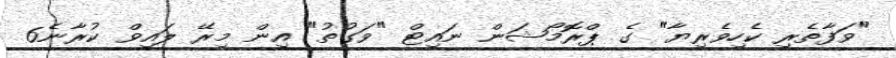
"ވަފާތެރި ކެހިވެރިޔާ" ގެ ޕްރޮމޯޝަން ނައިޓް "ވަގުތު" އިން މިރޭ ލައިވް ކުރާނެ6